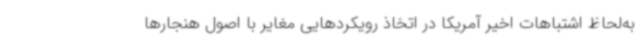
به‌لحاظ اشتباهات اخیر آمریکا در اتخاذ رویکردهایی مغایر با اصول هنجارها